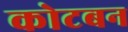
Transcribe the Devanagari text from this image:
कोटबन